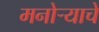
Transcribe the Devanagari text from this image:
मनोऱ्याचे